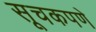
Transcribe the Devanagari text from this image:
सूचकपणे